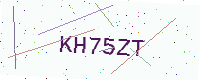
Text: KH75ZT